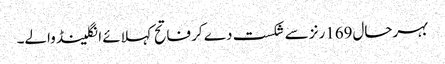
بہرحال169رنز سے شکست دے کر فاتح کہلائے انگلینڈ والے۔